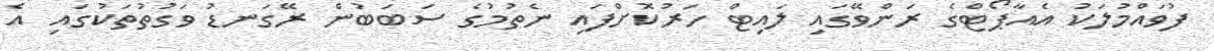
ފުވައްމުލަކު އެއާޕޯޓްގެ ރަންވޭގައި ލައިޓް ހަރުކޮށްފައި ނެތުމުގެ ސަބަބުން ރޭގަނޑު ވަގުތުތަކުގައި އެ